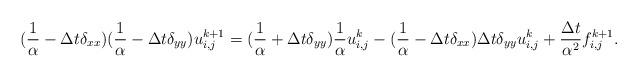
LaTeX: \begin{align*}(\frac{1}{\alpha}-\Delta t \delta_{xx}) (\frac{1}{\alpha}-\Delta t \delta_{yy}) u^{k+1}_{i,j}= (\frac{1}{\alpha} +\Delta t \delta_{yy}) \frac{1}{\alpha} u^k_{i,j}- (\frac{1}{\alpha}-\Delta t \delta_{xx}) \Delta t \delta_{yy} u^k_{i,j}+ \frac{\Delta t}{\alpha^2} f^{k+1}_{i,j}.\end{align*}